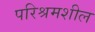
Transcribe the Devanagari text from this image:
परिश्रमशील